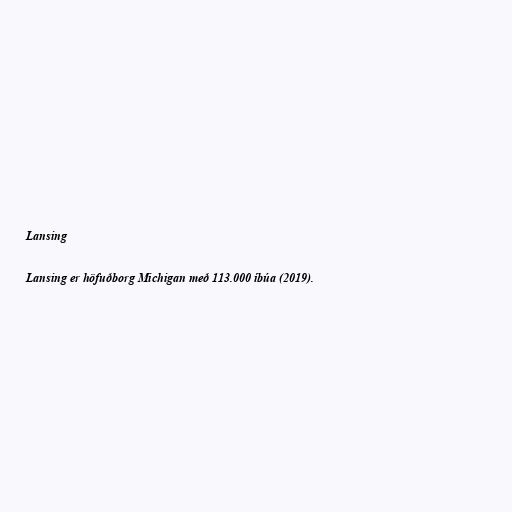
Lansing

Lansing er höfuðborg Michigan með 113.000 íbúa (2019).